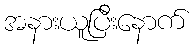
အနားယူပြီးနောက်